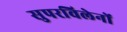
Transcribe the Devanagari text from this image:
सुपरविलेनों